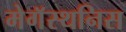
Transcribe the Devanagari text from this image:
मेगॅस्थनिस